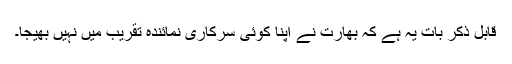
قابلِ ذکر بات یہ ہے کہ بھارت نے اپنا کوئی سرکاری نمائندہ تقریب میں نہیں بھیجا۔